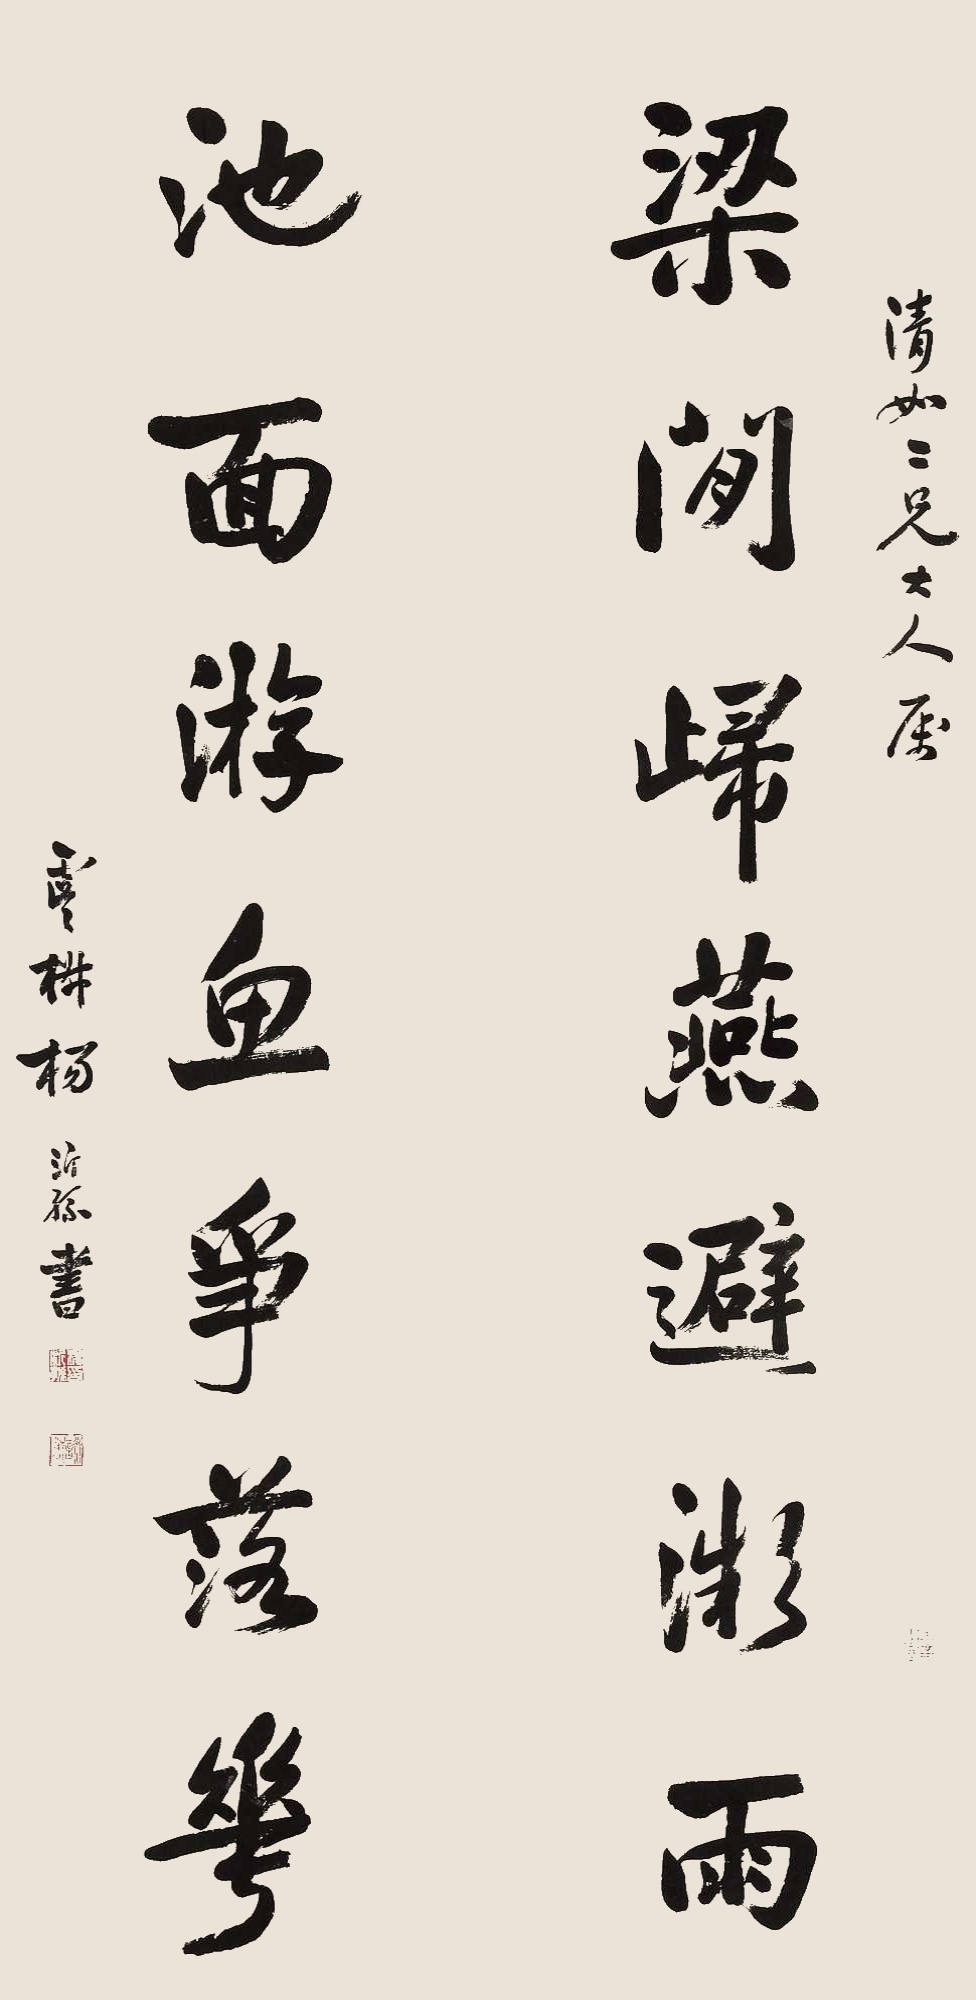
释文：梁间归燕避微雨，池面游鱼争落花。清如二兄大人属，虞椒杨沂孙书。